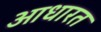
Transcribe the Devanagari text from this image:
आधारत